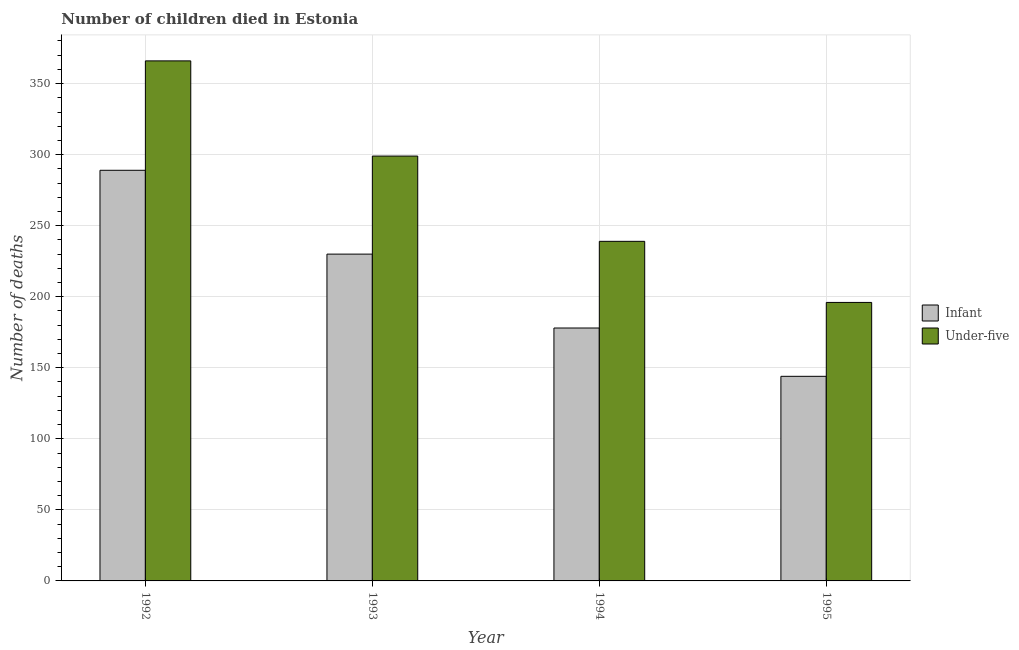
| Year | Infant | Under-five |
 | --- | --- | --- |
 | 1992 | 289 | 366 |
 | 1993 | 230 | 299 |
 | 1994 | 178 | 239 |
 | 1995 | 144 | 196 |